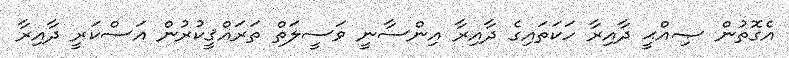
އެގޮތުން ޞިއްޙީ ދާއިރާ ހަކަތައިގެ ދާއިރާ އިންސާނީ ވަސީލަތް ތަރައްޤީކުރުން އަސްކަރީ ދާއިރާ